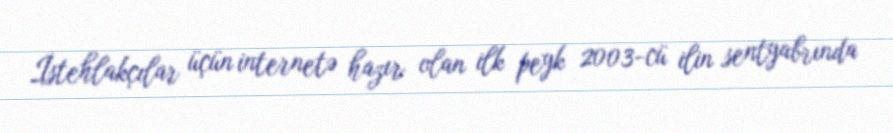
İstehlakçılar üçün internetə hazır olan ilk peyk 2003-cü ilin sentyabrında